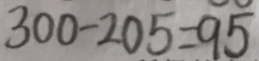
3 0 0 - 2 0 5 = 9 5